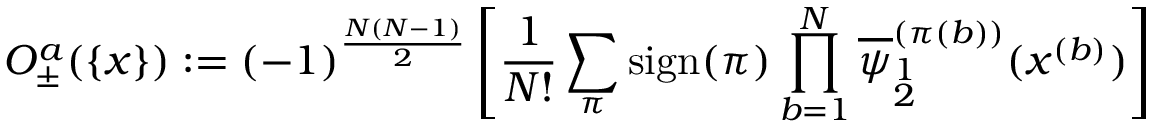
{ \cal O } _ { \pm } ^ { a } ( \{ x \} ) : = ( - 1 ) ^ { \frac { N ( N - 1 ) } { 2 } } \left[ \frac { 1 } { N ! } \sum _ { \pi } \mathrm { s i g n } ( \pi ) \prod _ { b = 1 } ^ { N } \overline { { { \psi } } } _ { \stackrel { { \scriptstyle 1 } } { { \scriptstyle 2 } } } ^ { ( \pi ( b ) ) } ( x ^ { ( b ) } ) \right]